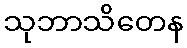
သုဘာသိတေန